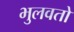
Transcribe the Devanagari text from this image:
भुलवतो